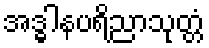
အဒ္ဓါနပရိညာသုတ္တံ